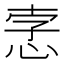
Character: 𢚦